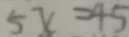
5 x = 4 5